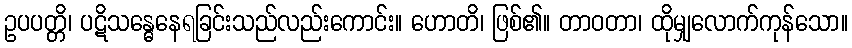
ဥပပတ္တိ၊ ပဋိသန္ဓေနေရခြင်းသည်လည်းကောင်း။ ဟောတိ၊ ဖြစ်၏။ တာဝတာ၊ ထိုမျှလောက်ကုန်သော။